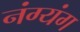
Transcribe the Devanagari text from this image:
नंग्यंग